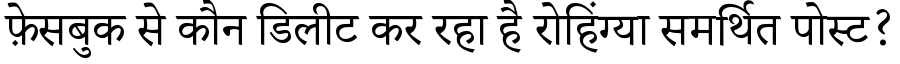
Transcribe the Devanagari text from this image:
फ़ेसबुक से कौन डिलीट कर रहा है रोहिंग्या समर्थित पोस्ट?